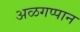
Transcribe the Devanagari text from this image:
अळगप्पान